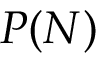
P ( N )